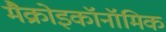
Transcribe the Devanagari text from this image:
मैक्रोइकॉनॉमिक